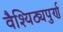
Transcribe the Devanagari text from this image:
वैश्यिठ्यपुर्ण